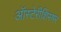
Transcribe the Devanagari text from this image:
ऑस्टेरीशिस्षर